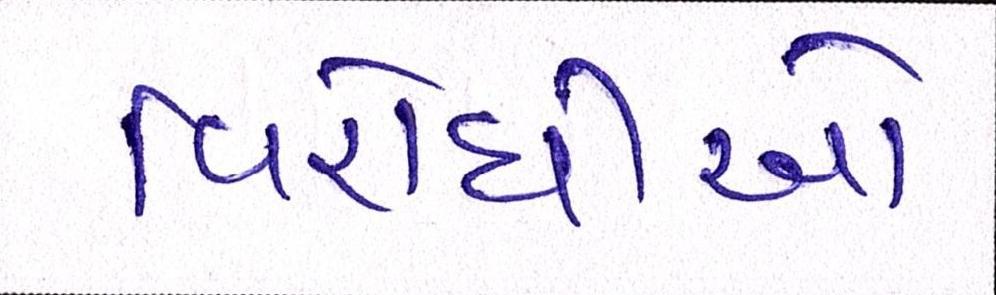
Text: વિરોધીઓ